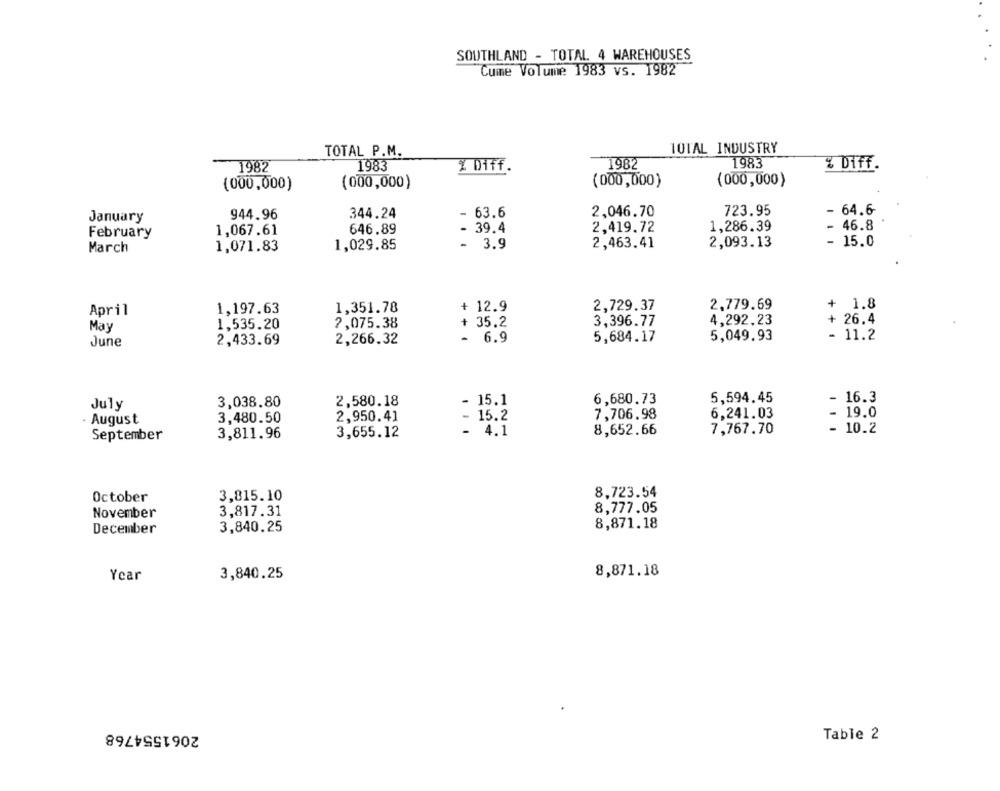
SOUTHLAND - TOTAL. 4 WAREHOUSES
Cume Volume 1983 vs. 1982
10TAL INDUSTRY
TOTAL P.M.
1982
1983
1982
1983
% Diff.
X Diff.
(000,000)
(000,000)
(000,000)
(000,000)
344.24
63.6
2,046.70
723.95
-
64.6
January
944.96
646.89
- 39.4
2,419.72
1,286.39
-
46.8
February
1,067.61
1,029.85
- 3.9
2,463.41
2,093.13
15.0
March
1,071.83
1,197.63
1,351.78
+ 12.9
2,729.37
2,779.69
+ 1.8
April
1,535.20
7,075.38
+ 35.2
3,396.77
4,292.23
- 26.4
May
2,433.69
2,266.32
- 6.9
5,684.17
5,049.93
- 11.2
June
3,038.80
2,580.18
- 15.1
6,680.73
5,594.45
- 16.3
July
3,480.50
2,950.41
- 15.2
7,706.98
6,241.03
- 19.0
· August
3,811.96
3,655.12
- 4.1
8,652.66
7,767.70
- 10.2
September
October
3,815.10
8,723.54
November
3,817.31
8,777.05
December
3,840.25
8,871.18
Year
3,840.25
8,871.18
2061554768
Table 2